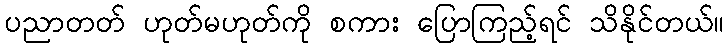
ပညာတတ် ဟုတ်မဟုတ်ကို စကား ပြောကြည့်ရင် သိနိုင်တယ်။